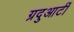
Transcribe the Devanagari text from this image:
ग्रदुआटीं